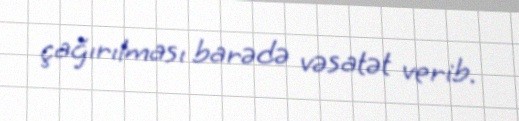
çağırılması barədə vəsatət verib.